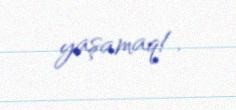
yaşamaq!.